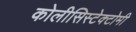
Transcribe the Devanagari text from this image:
कोलीसिस्टेक्टोमी